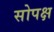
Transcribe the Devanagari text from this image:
सोपक्ष